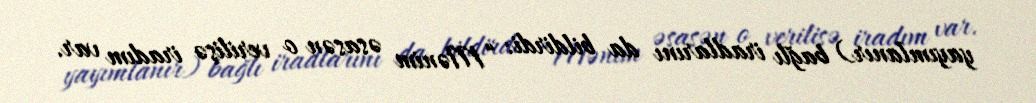
yayımlanır) bağlı iradlarını da bildirdi: “Mənim əsasən o verilişə iradım var.